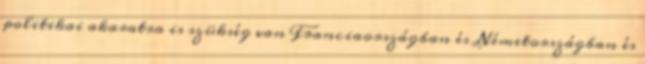
politikai akaratra is szükség van Franciaországban és Németországban és